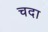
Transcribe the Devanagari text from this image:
चदा